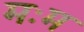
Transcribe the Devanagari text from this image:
मःम